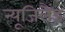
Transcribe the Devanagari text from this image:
न्यूजिलैंड